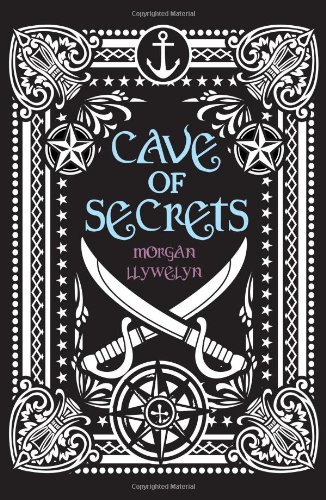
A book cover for Cave of Secrets; Morgan Llywelyn; Teen & Young Adult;